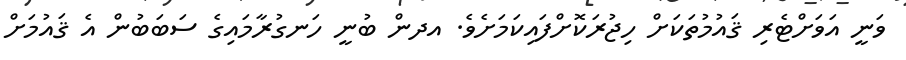
ވަނީ އަވަށްޓެރި ޤައުމުތަކަށް ހިޖުރަކޮށްފައިކަމަށެވެ. އދން ބުނީ ހަނގުރާމައިގެ ސަބަބުން އެ ޤައުމަށް